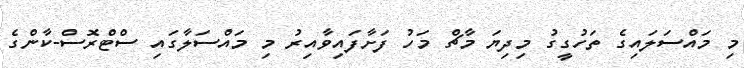
މި މައްސަލައިގެ ތަހުގީގު މިދިޔަ މާޗް މަހު ފަށާފައިވާއިރު މި މައްސަލާގައި ސްޓްރޮސް-ކާންގެ